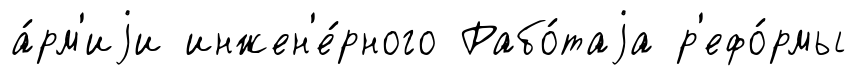
а́рм'иjи инжен'е́рного Рабо́таjа р'ефо́рмы